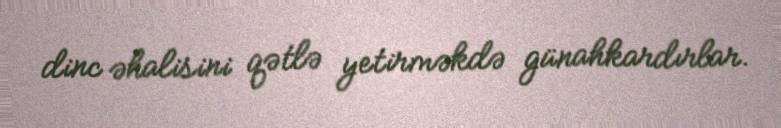
dinc əhalisini qətlə yetirməkdə günahkardırlar.